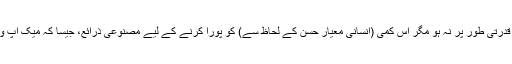
مصنوعی زینت وہ ہے جو قدرتی طور پر نہ ہو مگر اس کمی (انسانی معیار حسن کے لحاظ سے) کو پورا کرنے کے لیے مصنوعی ذرائع، جیسا کہ میک اپ وغیرہ، کو اختیار کیا جائے۔